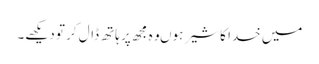
میں خدا کا شیر ہوںوہ مجھ پر ہاتھ ڈال کر تو دیکھے۔